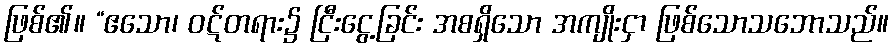
ဖြစ်၏။ “ဧသော၊ ဝဋ်တရား၌ ငြီးငွေ့ခြင်း အစရှိသော အကျိုးငှာ ဖြစ်သောသဘောသည်။